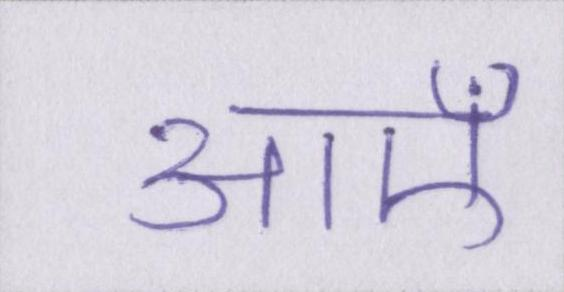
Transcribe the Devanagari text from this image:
आएँ